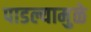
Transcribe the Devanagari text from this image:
पाडल्यामुळे